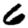
Digit: 6